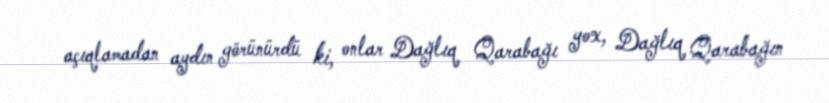
açıqlamadan aydın görünürdü ki, onlar Dağlıq Qarabağı yox, Dağlıq Qarabağın